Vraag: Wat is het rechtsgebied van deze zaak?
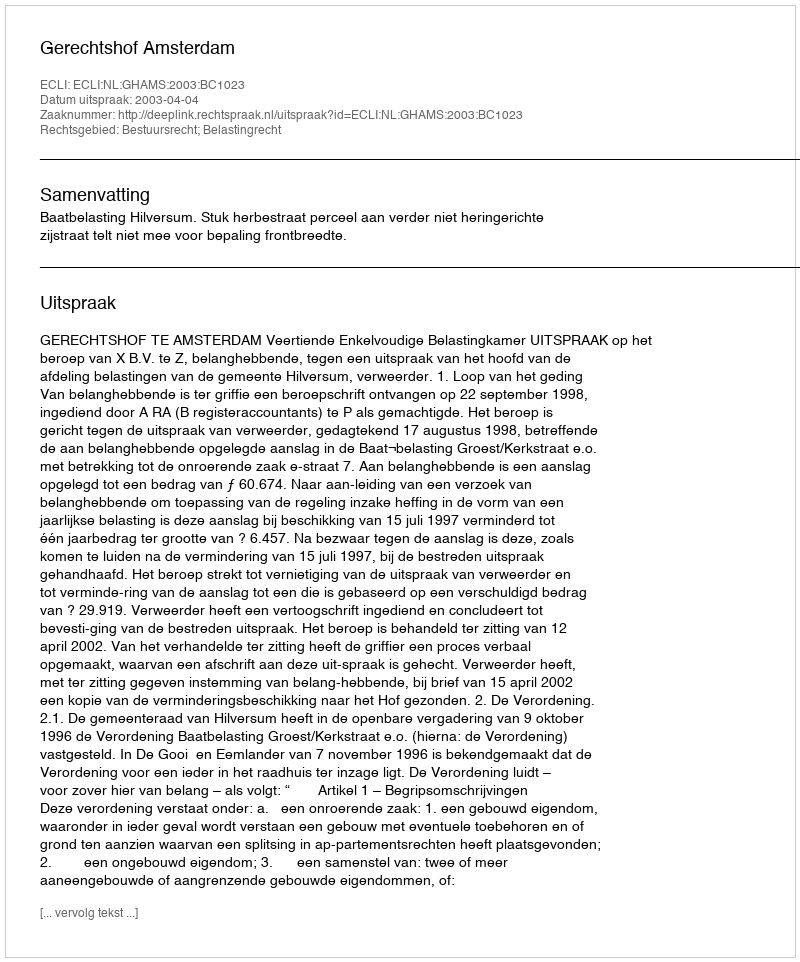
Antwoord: Bestuursrecht; Belastingrecht